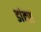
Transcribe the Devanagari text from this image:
डांक्स